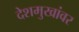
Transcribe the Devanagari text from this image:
देशमुखांवर